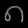
Digit: ၈